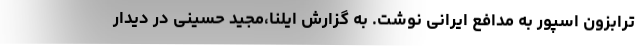
ترابزون اسپور به مدافع ایرانی نوشت. به گزارش ایلنا،مجید حسینی در دیدار